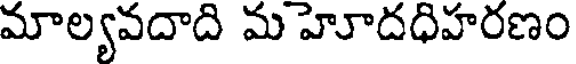
మాల్యవదాది మ హూదధిహరణం